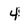
Character: 4